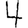
Digit: 4